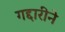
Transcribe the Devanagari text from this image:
गद्दारीने